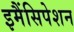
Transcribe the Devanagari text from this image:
इमैंसिपेशन